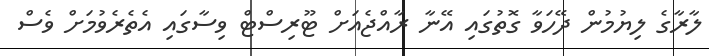
ލާރާގެ ލިޔުމުން ދޭހަވާ ގޮތުގައި އޭނާ ރާއްޖެއަށް ޓޫރިސްޓް ވިސާގައި އެތެރެވުމަށް ވެސް